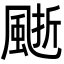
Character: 𩗙